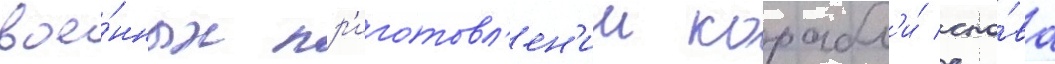
вое́нных пр'иготовл'ен'ии корабл'и́ сно́ва